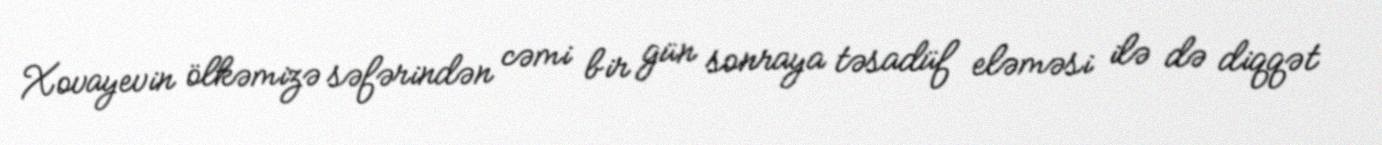
Xovayevin ölkəmizə səfərindən cəmi bir gün sonraya təsadüf eləməsi ilə də diqqət